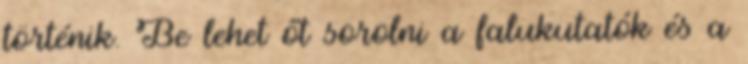
történik. Be lehet őt sorolni a falukutatók és a